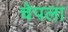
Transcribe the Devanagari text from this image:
चेपला